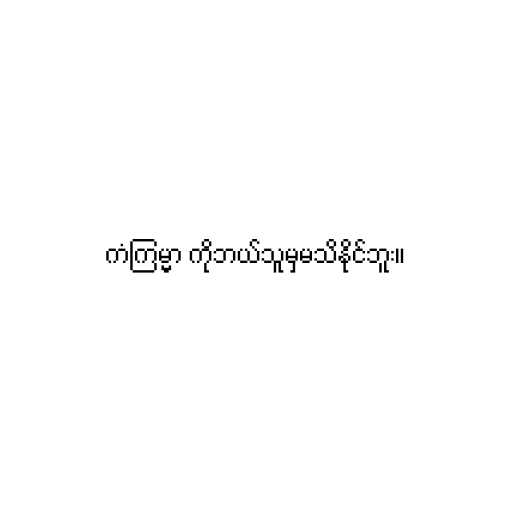
ကံကြမ္မာ ကိုဘယ်သူမှမသိနိုင်ဘူး။